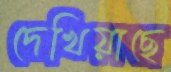
দেখিয়াছে